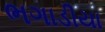
ભગાડીયા